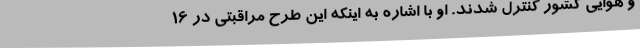
و هوایی کشور کنترل شدند. او با اشاره به اینکه این طرح مراقبتی در ۱۶